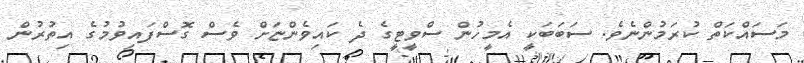
މަސައްކަތް ކުރަމުންނެވެ. ސަބަބަކީ އެމީހުން ސްވީޓީގެ ދެ ކައިވެންޏަށް ވެސް ގޮސްފައިވުމުގެ އިތުރުން